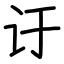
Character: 𬣙